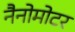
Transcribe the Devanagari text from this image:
नैनोमोटर